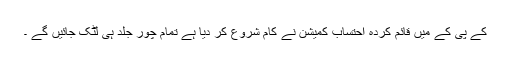
کے پی کے میں قائم کردہ احتساب کمیشن نے کام شروع کر دیا ہے تمام چور جلد ہی لٹک جائیں گے ۔